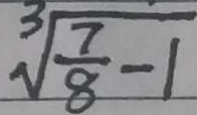
\sqrt [ 3 ] { \frac { 7 } { 8 } - 1 }